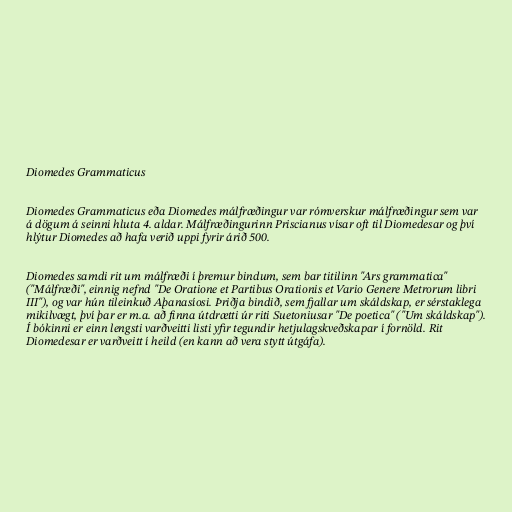
Diomedes Grammaticus

Diomedes Grammaticus eða Diomedes málfræðingur var rómverskur málfræðingur sem var
á dögum á seinni hluta 4. aldar. Málfræðingurinn Priscianus vísar oft til Diomedesar og því
hlýtur Diomedes að hafa verið uppi fyrir árið 500.

Diomedes samdi rit um málfræði í þremur bindum, sem bar titilinn "Ars grammatica"
("Málfræði", einnig nefnd "De Oratione et Partibus Orationis et Vario Genere Metrorum libri
III"), og var hún tileinkuð Aþanasíosi. Þriðja bindið, sem fjallar um skáldskap, er sérstaklega
mikilvægt, því þar er m.a. að finna útdrætti úr riti Suetoniusar "De poetica" ("Um skáldskap").
Í bókinni er einn lengsti varðveitti listi yfir tegundir hetjulagskveðskapar í fornöld. Rit
Diomedesar er varðveitt í heild (en kann að vera stytt útgáfa).